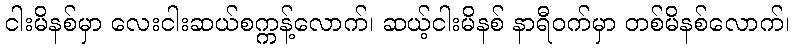
ငါးမိနစ်မှာ လေးငါးဆယ်စက္ကန့်လောက်၊ ဆယ့်ငါးမိနစ် နာရီဝက်မှာ တစ်မိနစ်လောက်၊